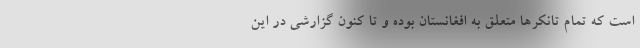
است که تمام تانکرها متعلق به افغانستان بوده و تا کنون گزارشی در این